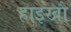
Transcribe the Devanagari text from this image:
हाइखौ